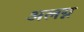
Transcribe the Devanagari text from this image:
अलग्न